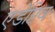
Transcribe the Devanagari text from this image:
एडेप्टिव